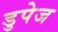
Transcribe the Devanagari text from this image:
डुपेज